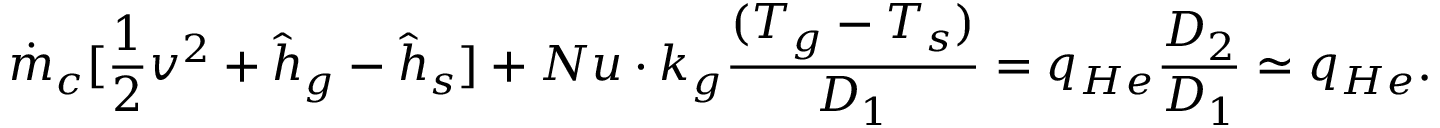
\dot { m } _ { c } [ \frac { 1 } { 2 } v ^ { 2 } + \hat { h } _ { g } - \hat { h } _ { s } ] + N u \cdot k _ { g } \frac { ( T _ { g } - T _ { s } ) } { D _ { 1 } } = q _ { H e } \frac { D _ { 2 } } { D _ { 1 } } \simeq q _ { H e } .